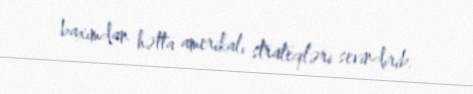
baxımdan hətta amerikalı strateqləri sevindirib.